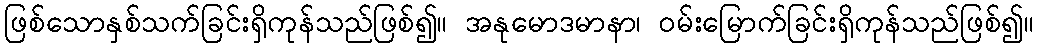
ဖြစ်သောနှစ်သက်ခြင်းရှိကုန်သည်ဖြစ်၍။ အနုမောဒမာနာ၊ ဝမ်းမြောက်ခြင်းရှိကုန်သည်ဖြစ်၍။